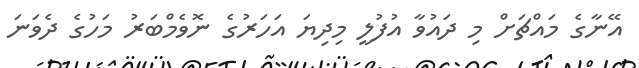
އޭނާގެ މައްޗަށް މި ދައުވާ އުފުލީ މިދިޔަ އަހަރުގެ ނޮވެމްބަރު މަހުގެ ދެވަނަ